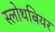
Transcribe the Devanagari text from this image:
स्लोथबियर